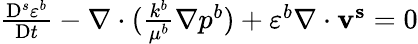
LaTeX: \begin{array}{r}{\frac{\mathrm{D}^{s}\varepsilon^{b}}{\mathrm{D}t}-\nabla\cdot(\frac{k^{b}}{\mu^{b}}\mathbf{\nabla}p^{b})+\varepsilon^{b}\nabla\cdot\mathbf{v^{s}}=0}\end{array}